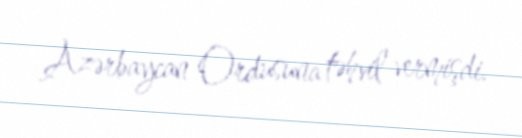
Azərbaycan Ordusuna təhvil vermişdi.